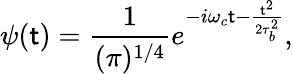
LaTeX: \psi(\mathsf{t})=\frac{{1}}{{(\pi)^{1/4}}}e^{-i\omega_{c}\mathsf{t}-\frac{{\mathsf{t}^{2}}}{{2\tau_{b}^{2}}}},